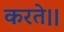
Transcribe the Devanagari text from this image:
करते।।